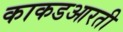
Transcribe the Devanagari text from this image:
काकडआरती